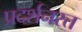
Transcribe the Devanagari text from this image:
प्रदर्शनरत